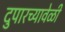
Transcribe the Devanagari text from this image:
दुपारच्यावेळी